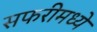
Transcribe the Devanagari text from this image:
सफरीमध्ये